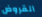
القروض